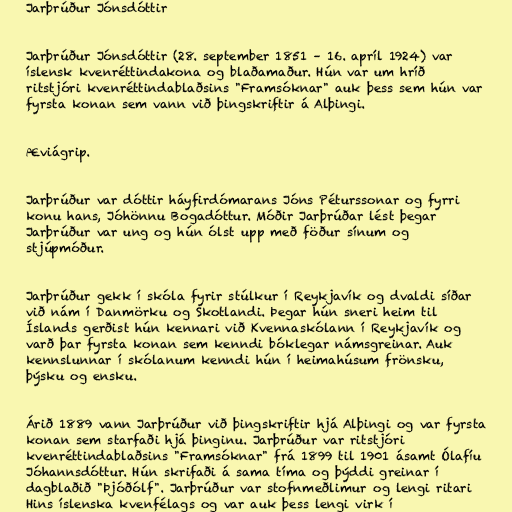
Jarþrúður Jónsdóttir

Jarþrúður Jónsdóttir (28. september 1851 – 16. apríl 1924) var
íslensk kvenréttindakona og blaðamaður. Hún var um hríð
ritstjóri kvenréttindablaðsins "Framsóknar" auk þess sem hún var
fyrsta konan sem vann við þingskriftir á Alþingi.

Æviágrip.

Jarþrúður var dóttir háyfirdómarans Jóns Péturssonar og fyrri
konu hans, Jóhönnu Bogadóttur. Móðir Jarþrúðar lést þegar
Jarþrúður var ung og hún ólst upp með föður sínum og
stjúpmóður.

Jarþrúður gekk í skóla fyrir stúlkur í Reykjavík og dvaldi síðar
við nám í Danmörku og Skotlandi. Þegar hún sneri heim til
Íslands gerðist hún kennari við Kvennaskólann í Reykjavík og
varð þar fyrsta konan sem kenndi bóklegar námsgreinar. Auk
kennslunnar í skólanum kenndi hún í heimahúsum frönsku,
þýsku og ensku.

Árið 1889 vann Jarþrúður við þingskriftir hjá Alþingi og var fyrsta
konan sem starfaði hjá þinginu. Jarþrúður var ritstjóri
kvenréttindablaðsins "Framsóknar" frá 1899 til 1901 ásamt Ólafíu
Jóhannsdóttur. Hún skrifaði á sama tíma og þýddi greinar í
dagblaðið "Þjóðólf". Jarþrúður var stofnmeðlimur og lengi ritari
Hins íslenska kvenfélags og var auk þess lengi virk í